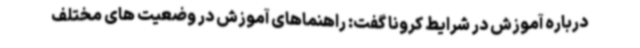
درباره آموزش در شرایط کرونا گفت: راهنماهای آموزش در وضعیت های مختلف